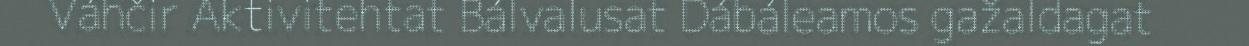
Váhčir Aktivitehtat Bálvalusat Dábáleamos gažaldagat